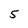
Character: 5